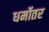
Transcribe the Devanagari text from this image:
धर्मोतर